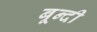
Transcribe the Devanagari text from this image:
बून्‍दी